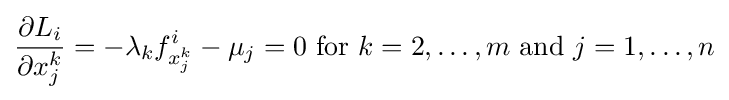
{\frac {\partial L_{i}}{\partial x_{j}^{k}}}=-\lambda _{k}f_{x_{j}^{k}}^{i}-\mu _{j}=0{\text{ for }}k=2,\ldots ,m{\text{ and }}j=1,\ldots ,n